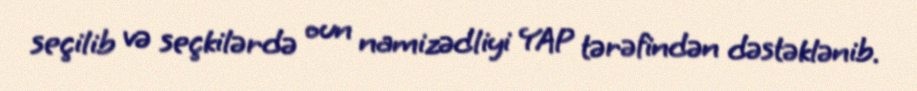
seçilib və seçkilərdə oun namizədliyi YAP tərəfindən dəstəklənib.